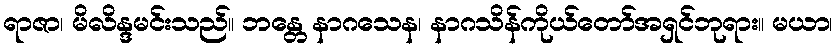
ရာဇာ၊ မိလိန္ဒမင်းသည်။ ဘန္တေ နာဂသေန၊ နာဂသိန်ကိုယ်တော်အရှင်ဘုရား။ မယာ၊